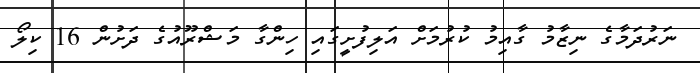
ނަރުދަމާގެ ނިޒާމު ގާއިމު ކުރުމަށް އަލިފުށީގައި ހިންގާ މަޝްރޫއުގެ ދަށުން 16 ކިލޯ